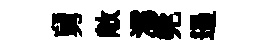
舅敞濡筦遏